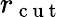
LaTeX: r_{\mathrm{~c~u~t~}}